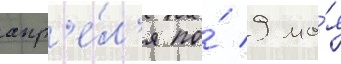
апр'е́л'я по́ 9 ма́я